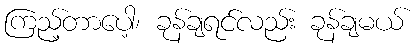
ကြည့်တာပေါ့၊ ခုန်ချရင်လည်း ခုန်ချမယ်